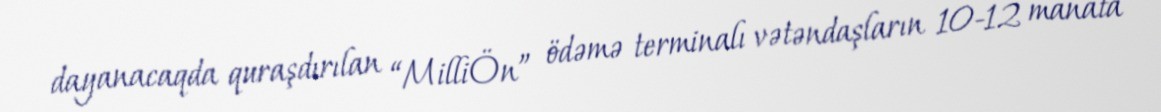
dayanacaqda quraşdırılan “MilliÖn” ödəmə terminalı vətəndaşların 10-12 manata